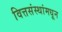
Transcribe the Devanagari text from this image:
वित्तसंस्थांमधून